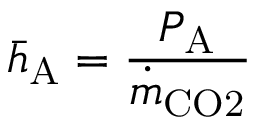
\bar { h } _ { \mathrm { A } } = \frac { P _ { \mathrm { A } } } { \dot { m } _ { \mathrm { C O 2 } } }